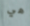
هي